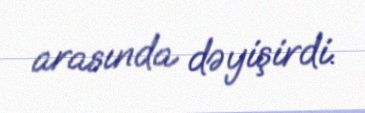
arasında dəyişirdi.